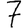
Digit: 7